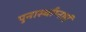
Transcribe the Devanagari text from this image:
पुनार्स्थाप्नाएं